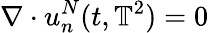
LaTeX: \nabla\cdot u_{n}^{N}(t,\mathbb{T}^{2})=0